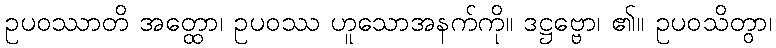
ဥပဝဿာတိ အတ္ထော၊ ဥပဝဿ ဟူသောအနက်ကို။ ဒဋ္ဌဗ္ဗော၊ ၏။ ဥပဝသိတွာ၊